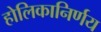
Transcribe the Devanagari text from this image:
होलिकानिर्णय